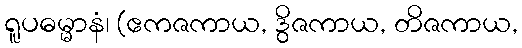
ရူပဓမ္မာနံ၊ (ဧကဇကာယ, ဒွိဇကာယ, တိဇကာယ,